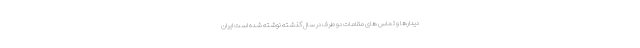
دیدارها و تماس های مقامات دو طرف در سال گذشته نوشته شده است ایران